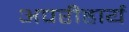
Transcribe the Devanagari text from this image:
अपरीहार्य